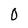
Character: 0